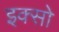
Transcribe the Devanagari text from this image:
इक्सो